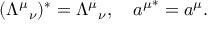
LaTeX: ( { { \mit \Lambda } ^ { \mu } } _ { \nu } ) ^ { * } = { { \mit \Lambda } ^ { \mu } } _ { \nu } , \quad { a ^ { \mu } } ^ { * } = a ^ { \mu } .